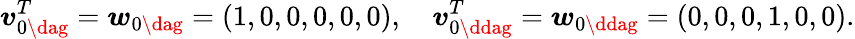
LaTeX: \boldsymbol{v}_{0\dag}^{T}=\boldsymbol{w}_{0\dag}=(1,0,0,0,0,0),\quad\boldsymbol{v}_{0\ddag}^{T}=\boldsymbol{w}_{0\ddag}=(0,0,0,1,0,0).